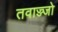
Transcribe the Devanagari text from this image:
तवाज्ज्जो